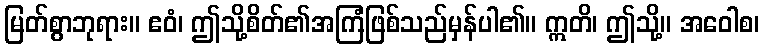
မြတ်စွာဘုရား။ ဧဝံ၊ ဤသို့စိတ်၏အကြံဖြစ်သည်မှန်ပါ၏။ ဣတိ၊ ဤသို့။ အဝေါစ၊